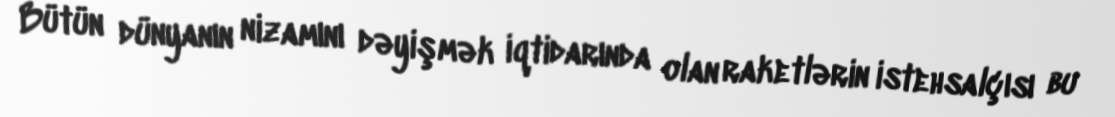
Bütün dünyanın nizamını dəyişmək iqtidarında olan raketlərin istehsalçısı bu